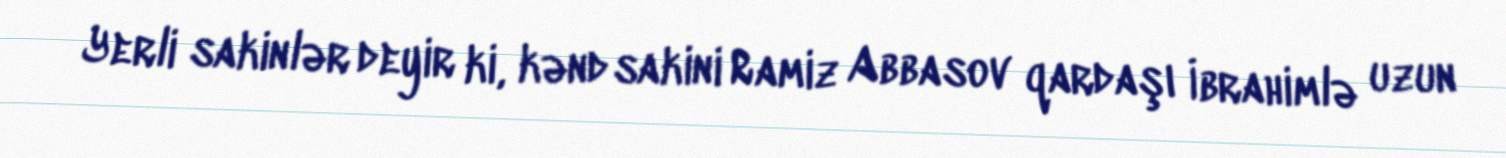
Yerli sakinlər deyir ki, kənd sakini Ramiz Abbasov qardaşı İbrahimlə uzun